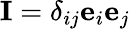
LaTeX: \mathbf{I}=\delta_{ij}\mathbf{e}_{i}\mathbf{e}_{j}